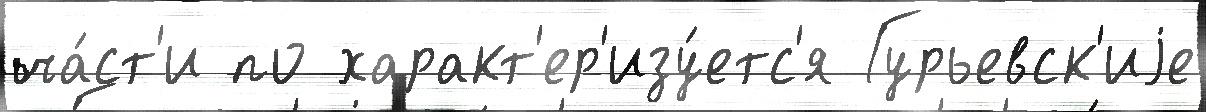
ча́ст'и по характ'ер'изу́етс'я Гурьевск'иjе